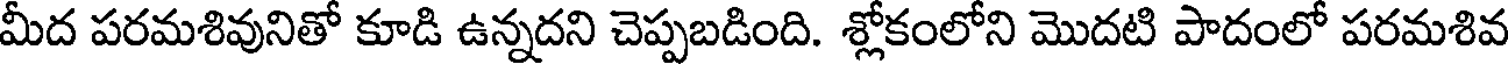
మీద పరమశివునితో కూడి ఉన్నదని చెప్పబడింది. శ్లోకంలోని మొదటి పాదంలో పరమశివ